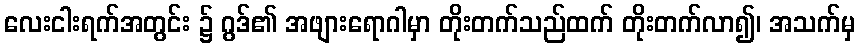
လေးငါးရက်အတွင်း ၌ ဂွဒ်၏ အဖျားရောဂါမှာ တိုးတက်သည်ထက် တိုးတက်လာ၍၊ အသက်မှ